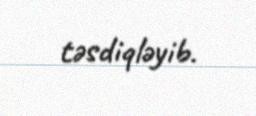
təsdiqləyib.